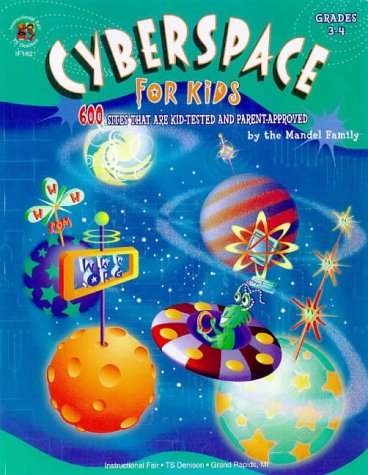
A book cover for Cyberspace for Kids; Computers & Technology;